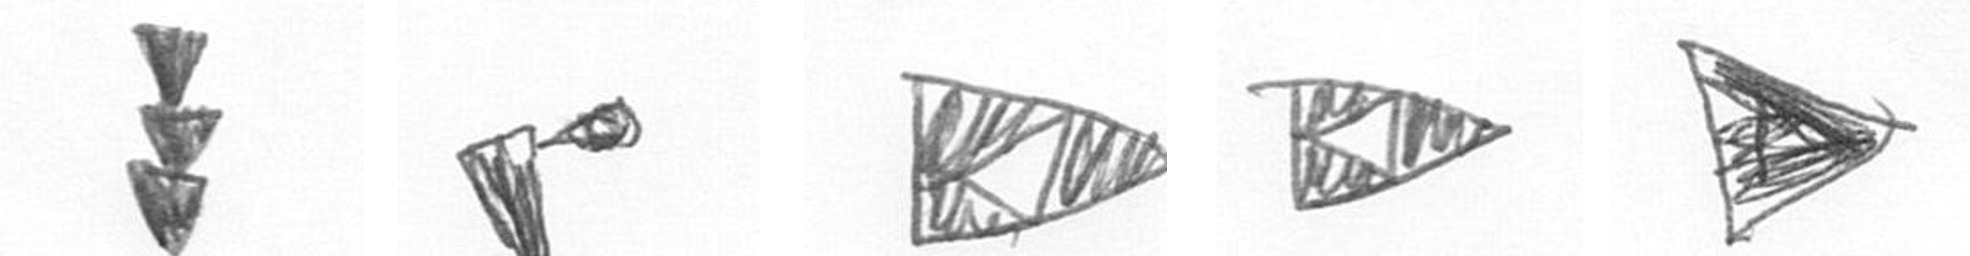
E F K K T